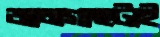
জামগাছটাই